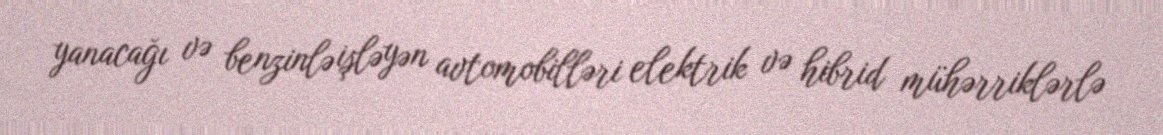
yanacağı və benzinlə işləyən avtomobilləri elektrik və hibrid mühərriklərlə